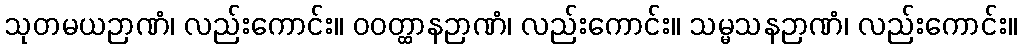
သုတမယဉာဏံ၊ လည်းကောင်း။ ဝဝတ္ထာနဉာဏံ၊ လည်းကောင်း။ သမ္မသနဉာဏံ၊ လည်းကောင်း။